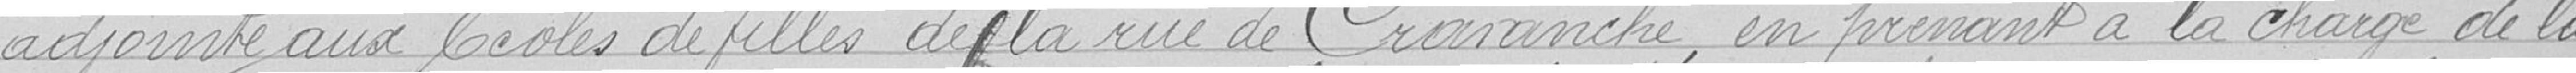
adjointe aux écoles de filles de la rue de Cravanche, en prenant  la charge de la